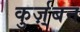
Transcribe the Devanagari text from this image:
कुर्ज़्बन